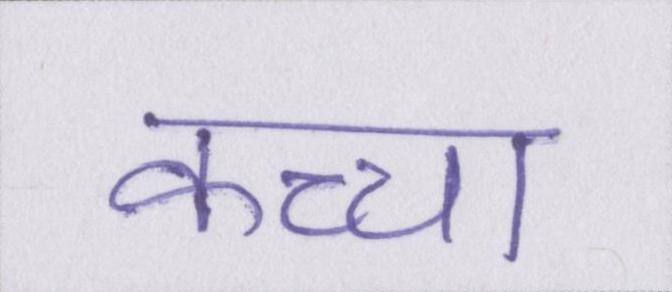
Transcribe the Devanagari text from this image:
कच्चा